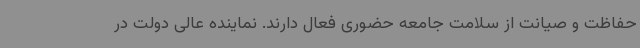
حفاظت و صیانت از سلامت جامعه حضوری فعال دارند. نماینده عالی دولت در